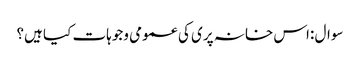
سوال :اس خانہ پری کی عمومی وجوہات کیا ہیں؟